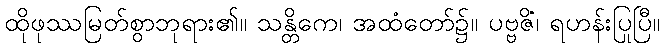
ထိုဖုဿမြတ်စွာဘုရား၏။ သန္တိကေ၊ အထံတော်၌။ ပဗ္ဗဇိံ၊ ရဟန်းပြုပြီ။